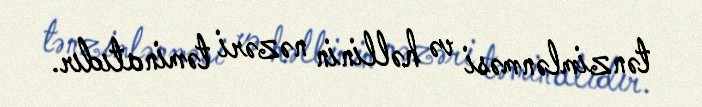
tənzimlənməsi və həllinin nəzəri təminatıdır.